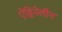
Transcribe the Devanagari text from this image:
ऐड्रिनेलीन